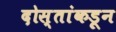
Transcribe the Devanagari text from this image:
दोस्तांकडून